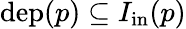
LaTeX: \mathrm{dep}(p)\subseteq I_{\mathrm{in}}(p)